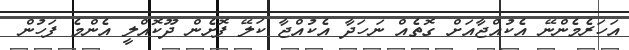
އަހަރެމެންނޭ އެކުއްޖާއަށް ގޮތެއް ނަހަދާ އެކުއްޖާ ކަލޭ ފޮށެން ދޫކޮއްލީ އެންމެ ފަހުން